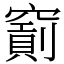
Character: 𥨐